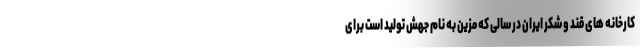
کارخانه های قند و شکر ایران در سالی که مزین به نام جهش تولید است برای